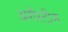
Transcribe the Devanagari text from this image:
अगॅस्टीन